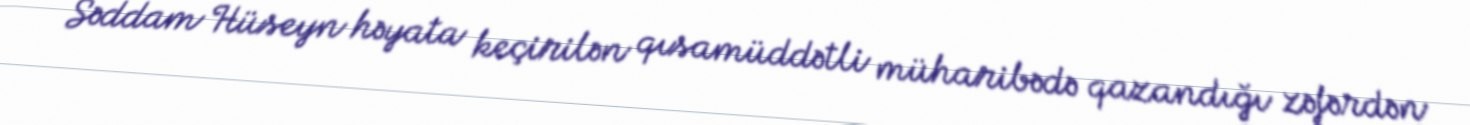
Səddam Hüseyn həyata keçirilən qısamüddətli müharibədə qazandığı zəfərdən